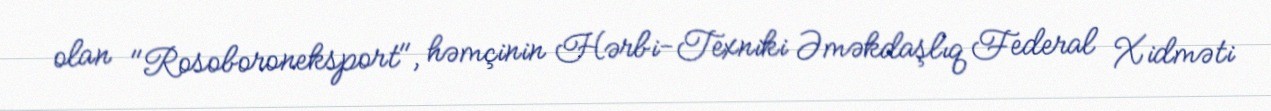
olan "Rosoboroneksport", həmçinin Hərbi-Texniki Əməkdaşlıq Federal Xidməti